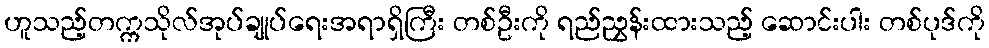
ဟူသည့်တက္ကသိုလ်အုပ်ချုပ်ရေးအရာရှိကြီး တစ်ဦးကို ရည်ညွှန်းထားသည့် ဆောင်းပါး တစ်ပုဒ်ကို